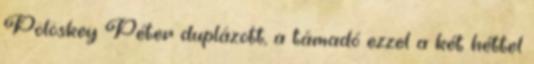
Pölöskey Péter duplázott, a támadó ezzel a két héttel